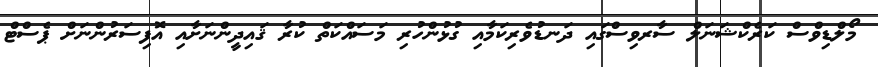
މޯލްޑިވްސް ކަރެކްޝަނަލް ސާރވިސްގައި ދަނޑުވެރިކަމާއި ގުޅުންހުރި މަސައްކަތް ކުރާ ޤައިދީންނަށާއި އޮފިސަރުންނަށް ޕެސްޓް